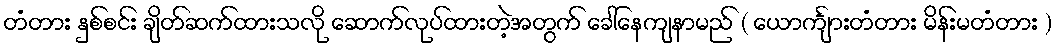
တံတား နှစ်စင်း ချိတ်ဆက်ထားသလို ဆောက်လုပ်ထားတဲ့အတွက် ခေါ်နေကျနာမည် ( ယောင်္ကျားတံတား မိန်းမတံတား )